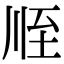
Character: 𦤸